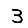
Digit: 3